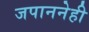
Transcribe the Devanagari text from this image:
जपाननेही